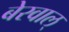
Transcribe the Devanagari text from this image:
बेरवाल्